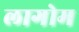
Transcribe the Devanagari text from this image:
लागोम